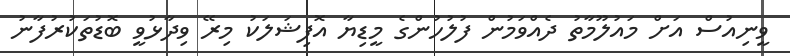
ވީނިއުސް އަށް މައުލޫމާތު ދެއްވަމުން ފުލުހުންގެ މީޑިޔާ އޮފިޝަލަކު މިރޭ ވިދާޅުވީ ބޮޑުތަކުރުފާނު